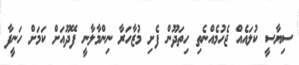
ސިޔާސީ ކުލައެއް ޖެހުމެއްނެތި ހިތަދޫން ފެށި މުޒާހަރާ ނިންމާލާނީ ފޭދޫއަށް ކަމަށް ހަނީފާ